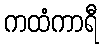
ကထံကာရီ